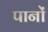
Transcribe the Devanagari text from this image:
पानों